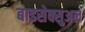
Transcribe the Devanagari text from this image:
बाइसेक्सुअल